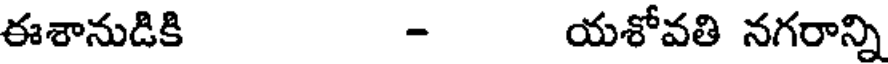
ఈశానుడికి - యశోవతి నగరాన్ని